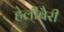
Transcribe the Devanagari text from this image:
हेलीबैरी